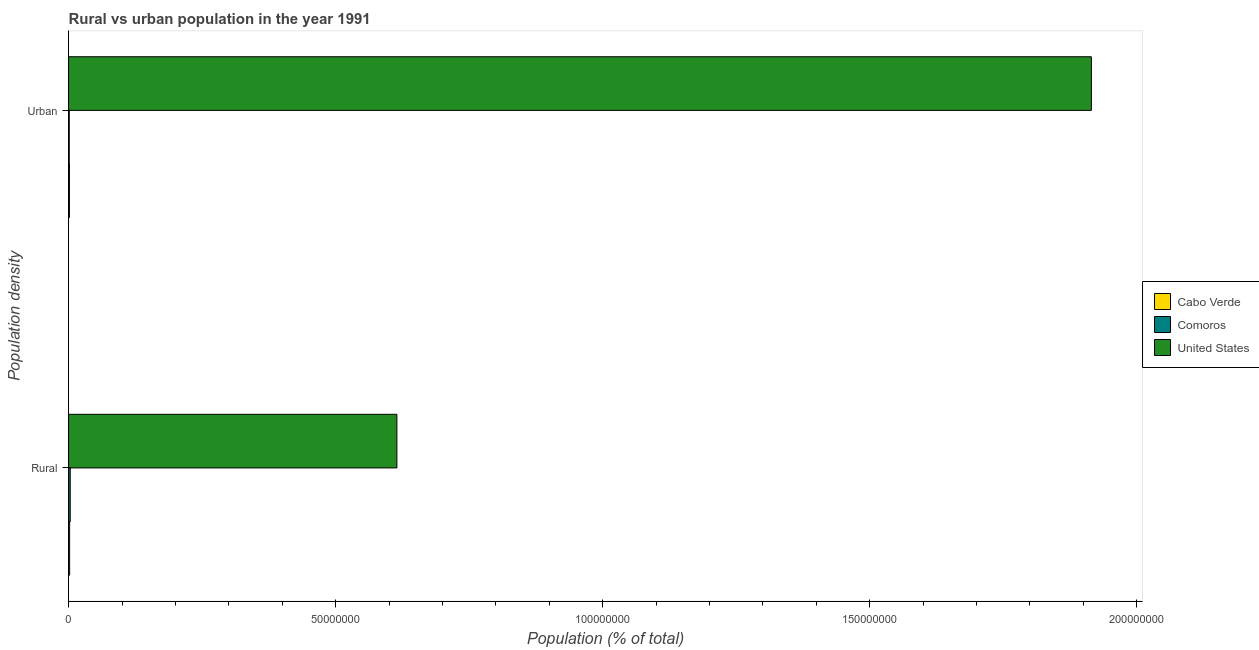
| Population density | Cabo Verde | Comoros | United States |
 | --- | --- | --- | --- |
 | Rural | 1.92e+05 | 3.06e+05 | 6.15e+07 |
 | Urban | 1.57e+05 | 1.21e+05 | 1.92e+08 |